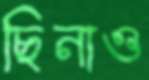
ছিনাও